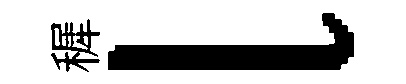
穉l